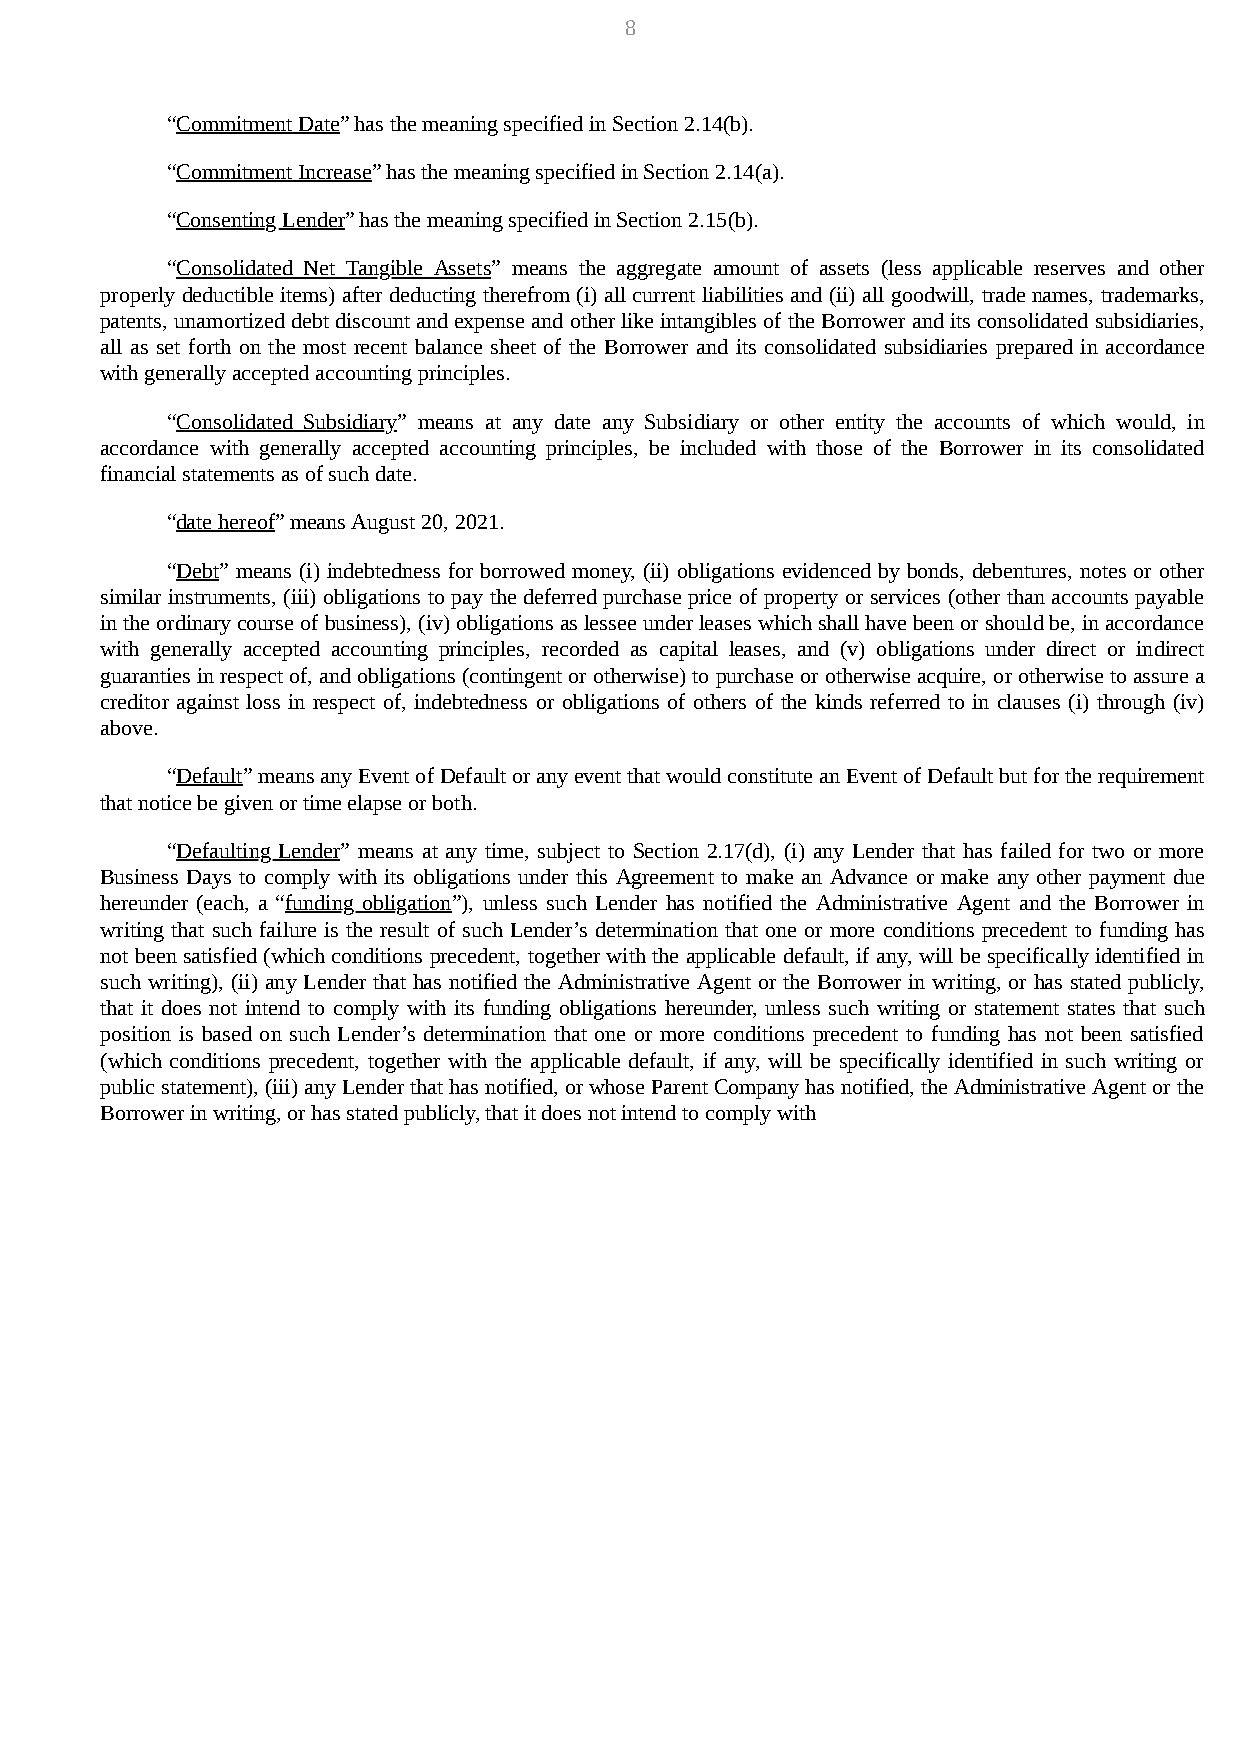
8
 “Commitment Date” has the meaning specified in Section 2.14(b).
 “Commitment Increase” has the meaning specified in Section 2.14(a).
 “Consenting Lender” has the meaning specified in Section 2.15(b).
 “Consolidated Net Tangible Assets” means the aggregate amount of assets (less applicable reserves and other
 properly deductible items) after deducting therefrom (i) all current liabilities and (ii) all goodwill, trade names, trademarks,
 patents, unamortized debt discount and expense and other like intangibles of the Borrower and its consolidated subsidiaries,
 all as set forth on the most recent balance sheet of the Borrower and its consolidated subsidiaries prepared in accordance
 with generally accepted accounting principles.
 “Consolidated Subsidiary” means at any date any Subsidiary or other entity the accounts of which would, in
 accordance with generally accepted accounting principles, be included with those of the Borrower in its consolidated
 financial statements as of such date.
 “date hereof” means August 20, 2021.
 “Debt” means (i) indebtedness for borrowed money, (ii) obligations evidenced by bonds, debentures, notes or other
 similar instruments, (iii) obligations to pay the deferred purchase price of property or services (other than accounts payable
 in the ordinary course of business), (iv) obligations as lessee under leases which shall have been or should be, in accordance
 with generally accepted accounting principles, recorded as capital leases, and (v) obligations under direct or indirect
 guaranties in respect of, and obligations (contingent or otherwise) to purchase or otherwise acquire, or otherwise to assure a
 creditor against loss in respect of, indebtedness or obligations of others of the kinds referred to in clauses (i) through (iv)
 above.
 “Default” means any Event of Default or any event that would constitute an Event of Default but for the requirement
 that notice be given or time elapse or both.
 “Defaulting Lender” means at any time, subject to Section 2.17(d), (i) any Lender that has failed for two or more
 Business Days to comply with its obligations under this Agreement to make an Advance or make any other payment due
 hereunder (each, a “funding obligation”), unless such Lender has notified the Administrative Agent and the Borrower in
 writing that such failure is the result of such Lender’s determination that one or more conditions precedent to funding has
 not been satisfied (which conditions precedent, together with the applicable default, if any, will be specifically identified in
 such writing), (ii) any Lender that has notified the Administrative Agent or the Borrower in writing, or has stated publicly,
 that it does not intend to comply with its funding obligations hereunder, unless such writing or statement states that such
 position is based on such Lender’s determination that one or more conditions precedent to funding has not been satisfied
 (which conditions precedent, together with the applicable default, if any, will be specifically identified in such writing or
 public statement), (iii) any Lender that has notified, or whose Parent Company has notified, the Administrative Agent or the
 Borrower in writing, or has stated publicly, that it does not intend to comply with